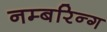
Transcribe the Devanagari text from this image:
नम्बरिन्ग